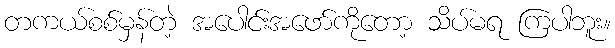
တကယ်စစ်မှန်တဲ့ အပေါင်းအဖော်ကိုတော့ သိပ်မရ ကြပါဘူး။